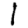
Digit: 1